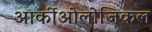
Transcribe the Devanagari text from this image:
आर्कीओलोजिकल